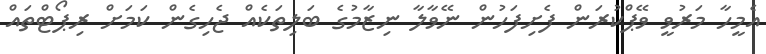
އެމީހާ މަރުވީ ވޭޕްކުރަން ފެށިފަހުން ނޭވާލާ ނިޒާމުގެ ބަލިތަކެއް ޖެހިގެން ކަމަށް ރިޕޯޓްތައް